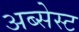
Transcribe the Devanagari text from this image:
अब्सेस्ट